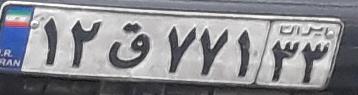
۱۲ق۷۷۱۳۳